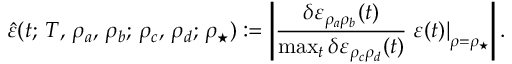
\hat { \varepsilon } ( t ; \, T , \, \rho _ { a } , \, \rho _ { b } ; \, \rho _ { c } , \, \rho _ { d } ; \, \rho _ { \star } ) : = \left| \frac { \delta \varepsilon _ { \rho _ { a } \rho _ { b } } ( t ) } { \operatorname* { m a x } _ { t } \delta \varepsilon _ { \rho _ { c } \rho _ { d } } ( t ) } \left. \varepsilon ( t ) \right| _ { \rho = \rho _ { \star } } \right| .